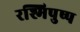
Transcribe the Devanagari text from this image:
रश्मिपुष्प